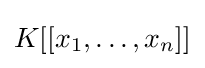
K[[x_{1},\ldots ,x_{n}]]